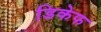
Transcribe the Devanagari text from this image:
डिकेफ